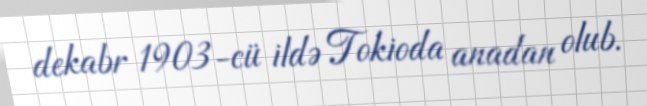
dekabr 1903-cü ildə Tokioda anadan olub.